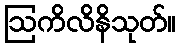
ဩကိလိနိသုတ်။